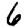
Digit: 6